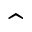
\hat { }